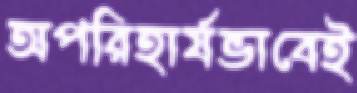
অপরিহার্যভাবেই